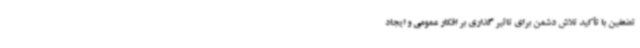
تضعفین با تأکید تلاش دشمن برای تاثیر گذاری بر افکار عمومی و ایجاد